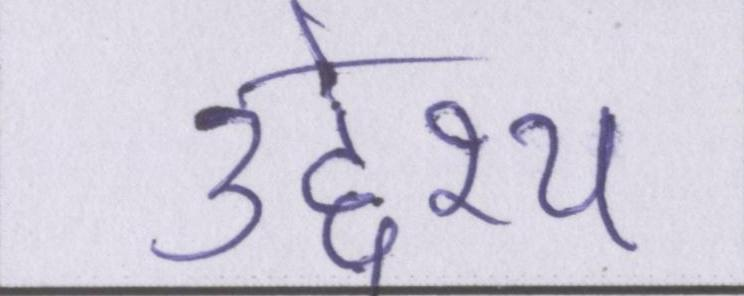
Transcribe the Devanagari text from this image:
उद्देश्य